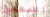
المهجور